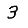
Digit: 3